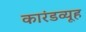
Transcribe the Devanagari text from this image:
कारंडव्यूह